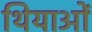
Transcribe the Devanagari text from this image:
थियाओं